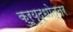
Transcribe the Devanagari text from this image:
कुरूयुद्धोत्तर